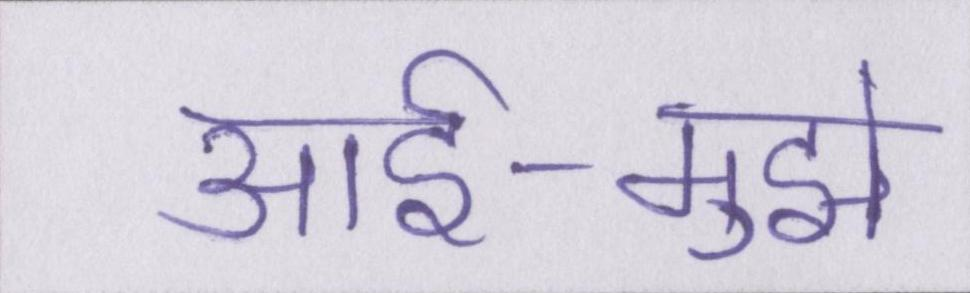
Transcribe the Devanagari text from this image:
आर्इ-मुझे